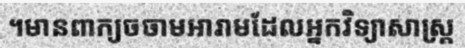
។មានពាក្យចចាមអារាមដែលអ្នកវិទ្យាសាស្ត្រ